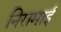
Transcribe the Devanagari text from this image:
निरामाई